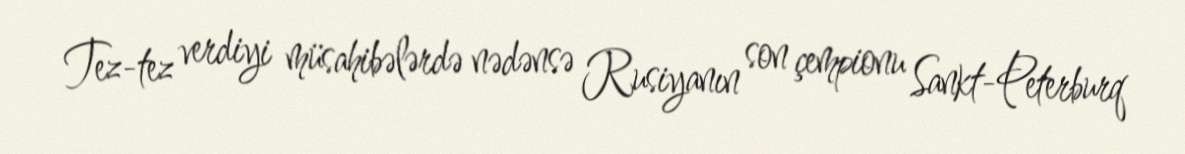
Tez-tez verdiyi müsahibələrdə nədənsə Rusiyanın son çempionu Sankt-Peterburq